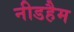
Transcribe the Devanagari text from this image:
नीडहैम